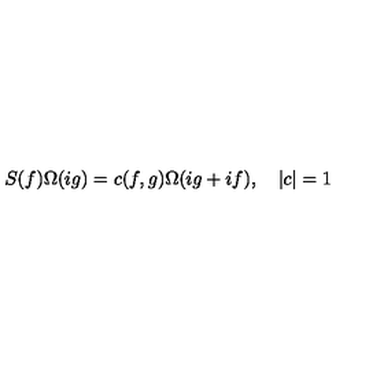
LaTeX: S ( f ) \Omega ( i g ) = c ( f , g ) \Omega ( i g + i f ) , \quad \left| c \right| = 1